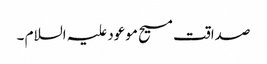
صداقت مسیح موعود علیہ السلام ۔